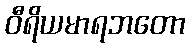
ဝီရိယမာရဘတော